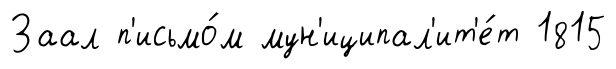
Заал п'исьмо́м мун'иципал'ит'е́т 1815